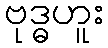
ဗုဒ္ဓဟူး